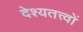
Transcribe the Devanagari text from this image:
देश्यतत्त्वों